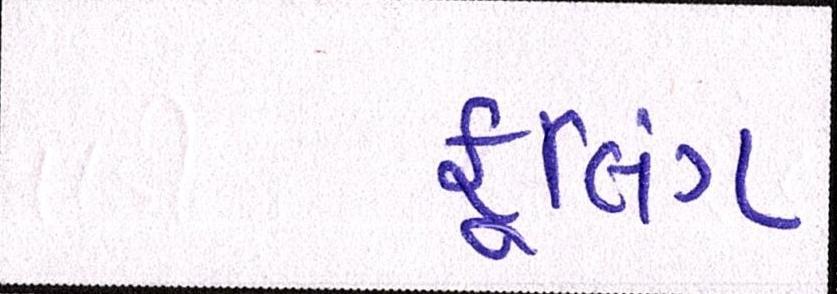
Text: કૂલિંગ